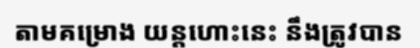
តាមគម្រោង យន្តហោះនេះ នឹងត្រូវបាន